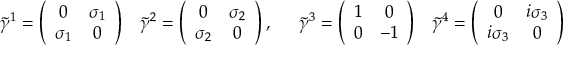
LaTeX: \begin{array} { c c } { { \tilde { \gamma } ^ { 1 } = \left( \begin{array} { c c } { { 0 } } & { { \sigma _ { 1 } } } \\ { { \sigma _ { 1 } } } & { { 0 } } \end{array} \right) } } & { { \tilde { \gamma } ^ { 2 } = \left( \begin{array} { c c } { { 0 } } & { { \sigma _ { 2 } } } \\ { { \sigma _ { 2 } } } & { { 0 } } \end{array} \right) , \quad \begin{array} { c c } { { \tilde { \gamma } ^ { 3 } = \left( \begin{array} { c c } { { 1 } } & { { 0 } } \\ { { 0 } } & { { - 1 } } \end{array} \right) } } & { { \tilde { \gamma } ^ { 4 } = \left( \begin{array} { c c } { { 0 } } & { { i \sigma _ { 3 } } } \\ { { i \sigma _ { 3 } } } & { { 0 } } \end{array} \right) } } \end{array} } } \end{array}